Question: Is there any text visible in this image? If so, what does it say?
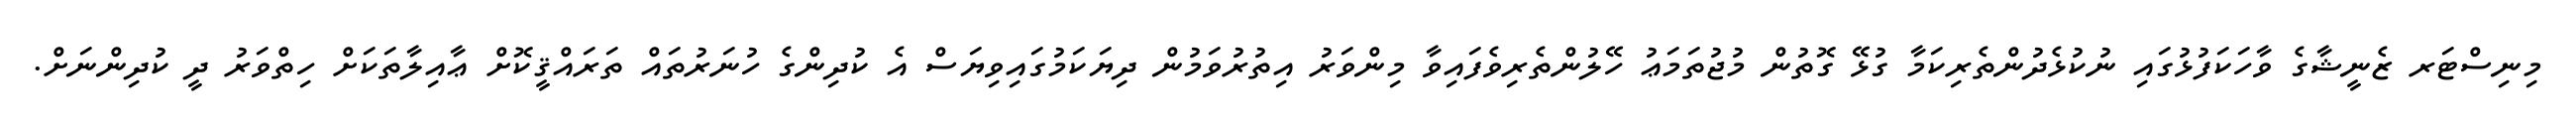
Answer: މިނިސްޓަރ ޒެނީޝާގެ ވާހަކަފުޅުގައި ނުކުޅެދުންތެރިކަމާ ގުޅޭ ގޮތުން މުޖުތަމަޢު ހޭލުންތެރިވެފައިވާ މިންވަރު އިތުރުވަމުން ދިޔަކަމުގައިވިޔަސް އެ ކުދިންގެ ހުނަރުތައް ތަރައްޤީކޮށް ޢާއިލާތަކަށް ހިތްވަރު ދީ ކުދިންނަށް.